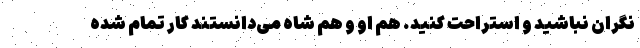
نگران نباشید و استراحت کنید. هم او و هم شاه می‌دانستند کار تمام شده